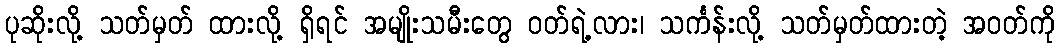
ပုဆိုးလို့ သတ်မှတ် ထားလို့ ရှိရင် အမျိုးသမီးတွေ ဝတ်ရဲ့လား၊ သင်္ကန်းလို့ သတ်မှတ်ထားတဲ့ အဝတ်ကို